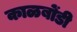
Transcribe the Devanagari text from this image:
काळबोंडी